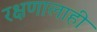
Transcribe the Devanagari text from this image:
रक्षणालाही